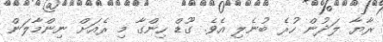
ރާޔާ ލަދުން ހުރެ ބުނެލި އެވެ. ގޫޑް ހިންގާ މި ރެއަށް ނިންމާލަން